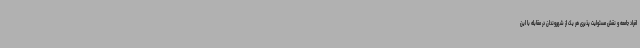
افراد جامعه و نقش مسئولیت پذیری هر یک از شهروندان در مقابله با این